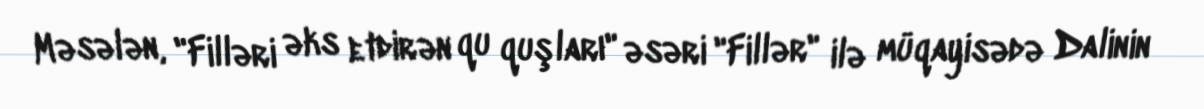
Məsələn, "Filləri əks etdirən qu quşları" əsəri "Fillər" ilə müqayisədə Dalinin